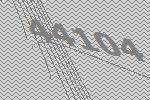
44104